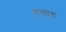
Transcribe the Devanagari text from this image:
हलाग्र